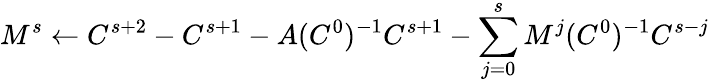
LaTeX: M^{s}\gets C^{s+2}-C^{s+1}-A(C^{0})^{-1}C^{s+1}-\sum_{j=0}^{s}M^{j}(C^{0})^{-1}C^{s-j}